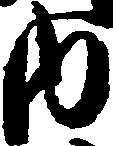
内